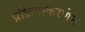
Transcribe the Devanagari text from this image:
प्रक्रियाकरणेन